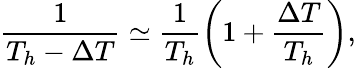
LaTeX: \frac{1}{T_{h}-\Delta T}\simeq\frac{1}{T_{h}}\left(1+\frac{\Delta T}{T_{h}}\right),